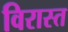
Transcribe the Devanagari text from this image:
विरास्त